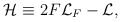
\begin{align*}{\cal H}\equiv 2F{\cal L}_{F}-{\cal L}, \end{align*}